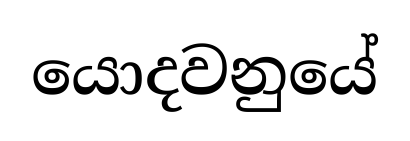
යොදවනුයේ